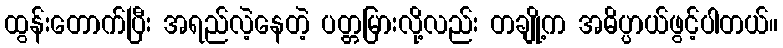
ထွန်းတောက်ပြီး အရည်လဲ့နေတဲ့ ပတ္တမြားလို့လည်း တချို့က အဓိပ္ပာယ်ဖွင့်ပါတယ်။